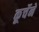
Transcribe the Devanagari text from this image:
कूर्चेने